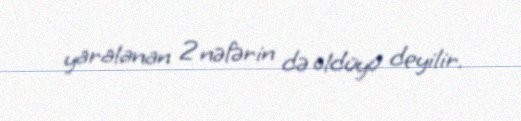
yaralanan 2 nəfərin də öldüyü deyilir.